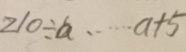
2 1 0 \div a \cdots a + 5